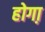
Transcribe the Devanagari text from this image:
होगा़